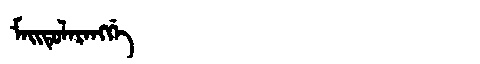
Manchu: ᠮᠠᡳᡨᡠᠯᠠᡵᠠᠩᡤᡝ
Romanization: MAITULARANGGE